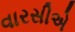
વારસીએ